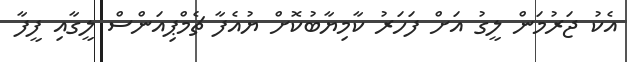
އެކު ޖަރުމަން ލީގު އަށް ފަހަރު ކާމިޔާބުކޮށް ޔުއެފާ ޗެމްޕިއަންސް ލީގާއި ފީފާ